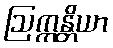
ဩက္ကန္တိယာ